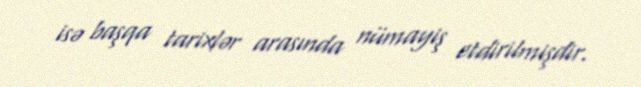
isə başqa tarixlər arasında nümayiş etdirilmişdir.